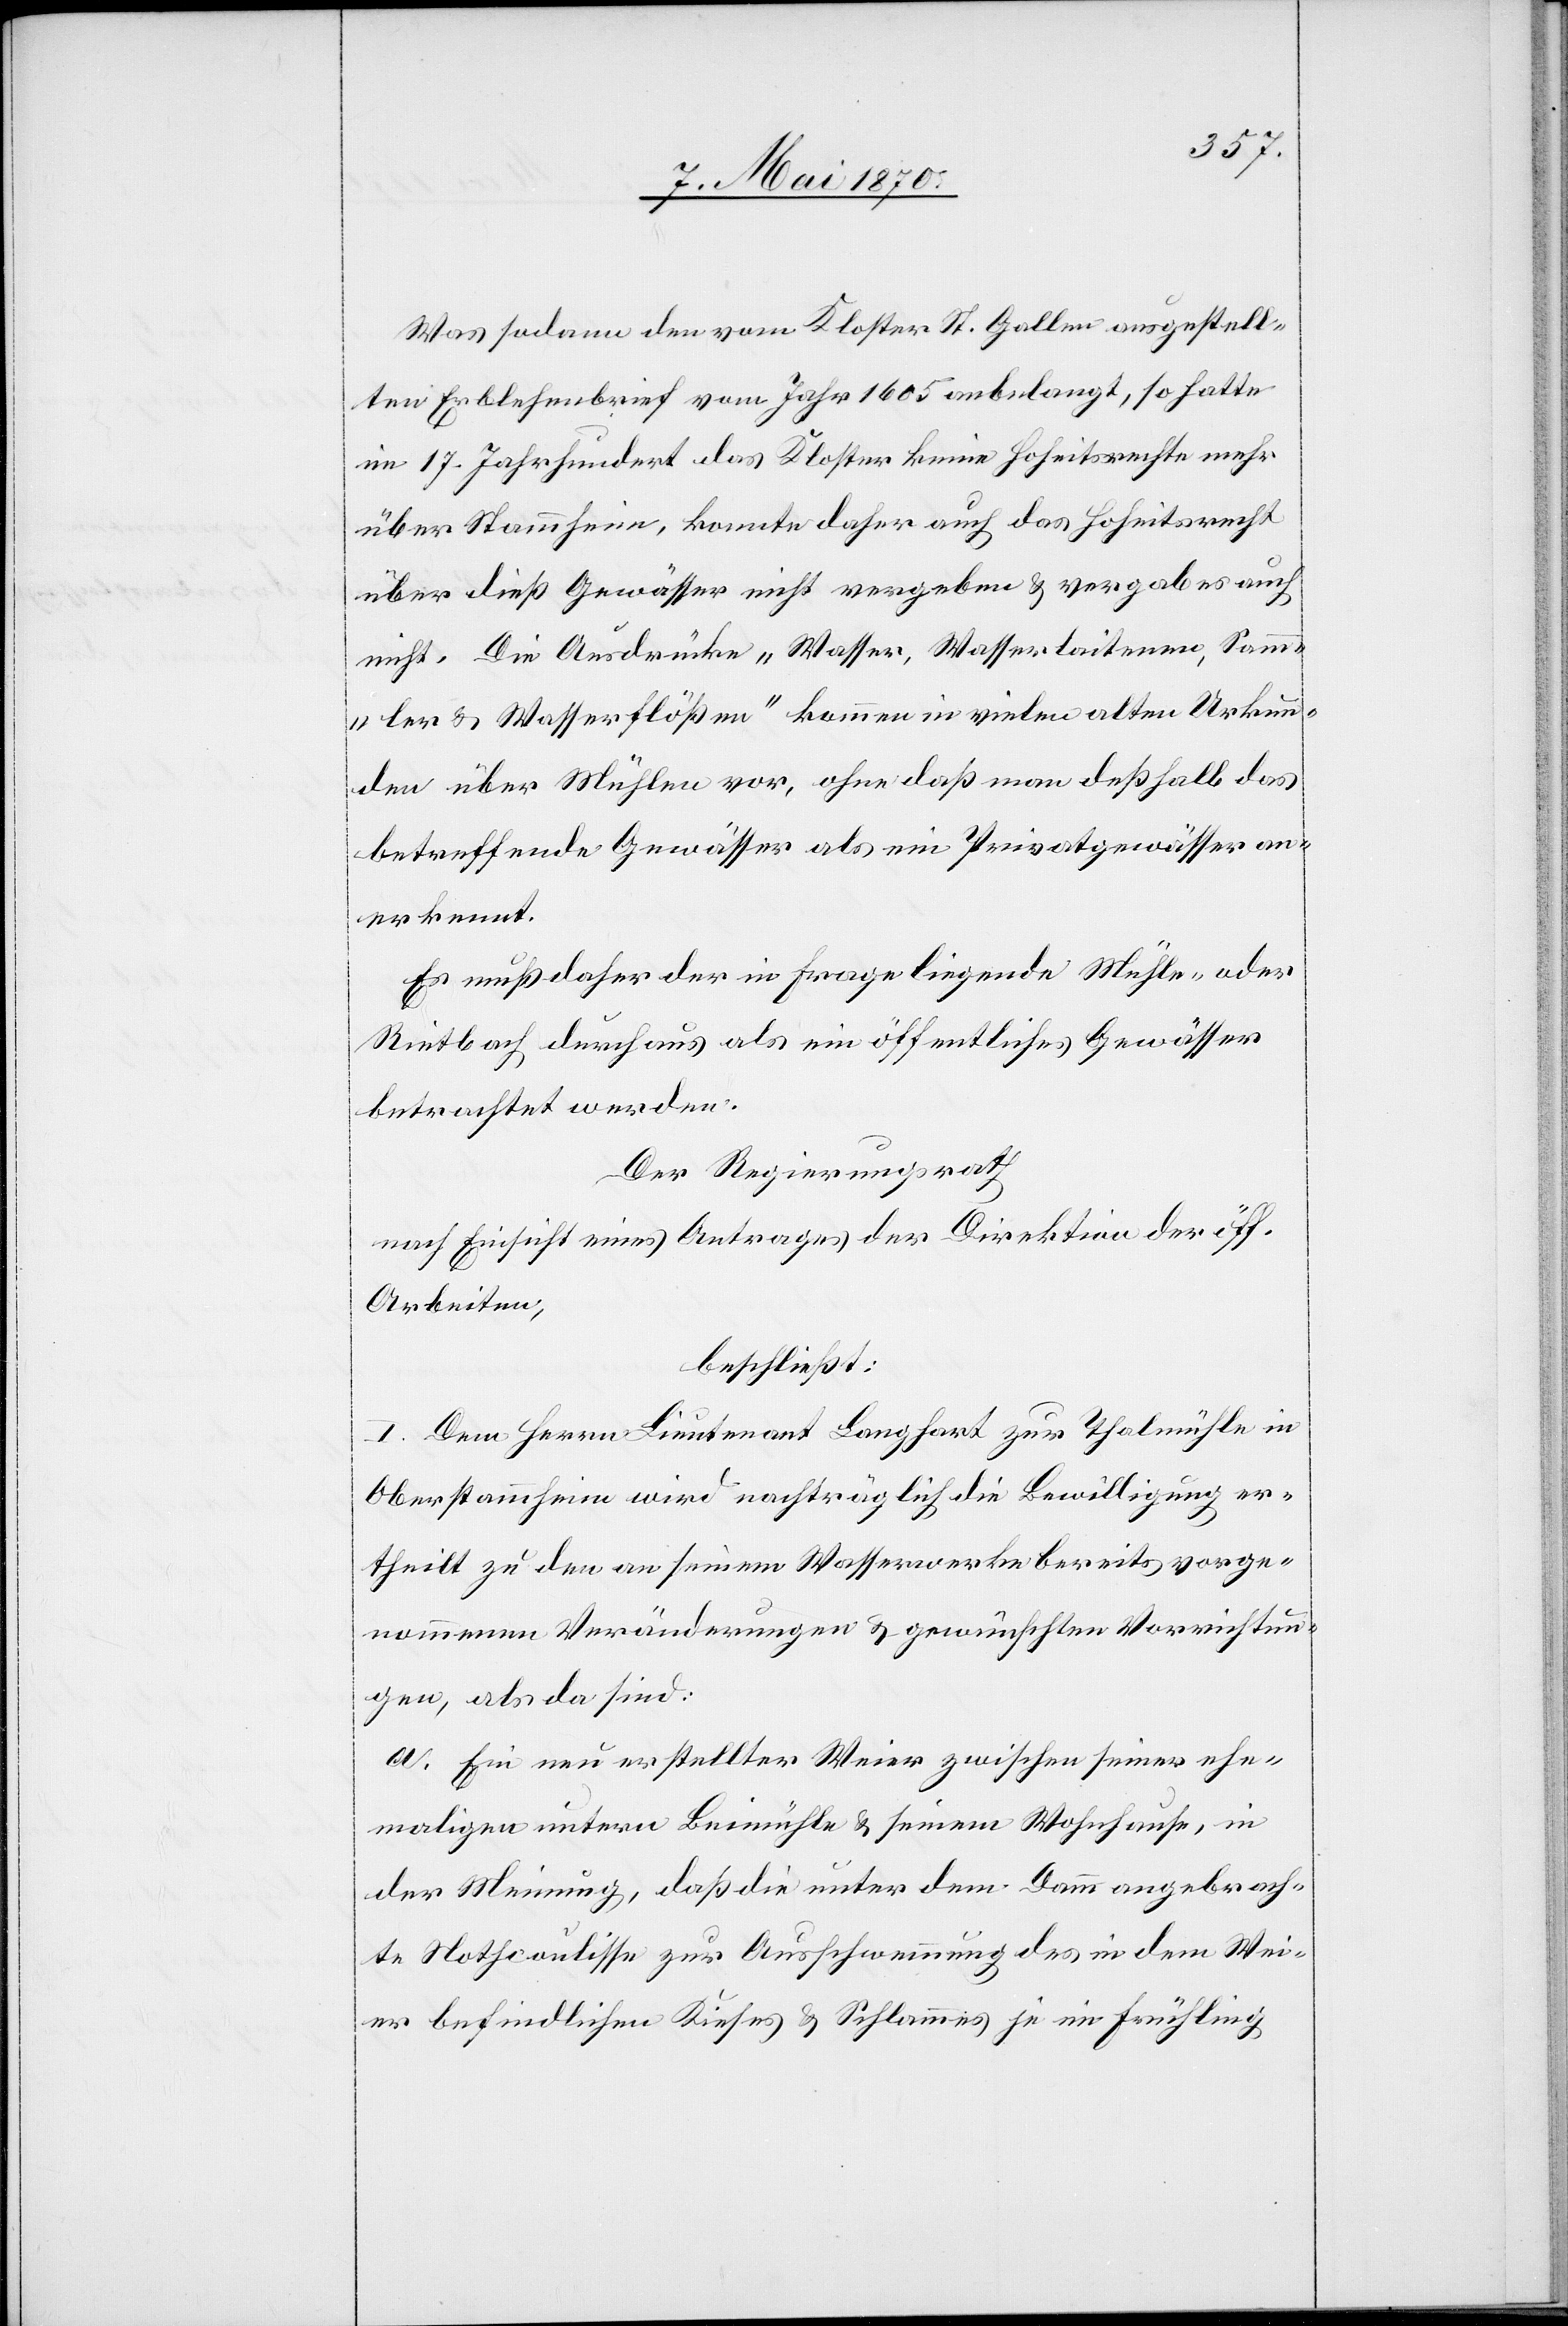
Was sodann den vom Kloster St. Gallen ausgestell¬
ten Erblehensbrief vom Jahr 1605 anbelangt, so hatte
im 17. Jahrhundert das Kloster keine Hoheitsrechte mehr
über Stammheim, konnte daher auch das Hoheitsrecht
über dieß Gewässer nicht vergeben & vergab es auch
nicht. Die Ausdrücke „Wasser, Wasserlaitenen, Samm¬
ler & Wasserflößen“ kommen in vielen alten Urkun¬
den über Mühlen vor, ohne daß man deßhalb das
betreffende Gewässer als ein Privatgewässer an¬
erkennt.
Es muß daher der in Frage liegende Mühle- oder
Rietbach durchaus als ein öffentliches Gewässer
betrachtet werden.
Der Regierungsrath
nach Einsicht eines Antrages der Direktion der öff.
Arbeiten,
beschließt:
I. Dem Herrn Lieutenant Langhart zur Thalmühle in
Oberstammheim wird nachträglich die Bewilligung er¬
theilt zu den an seinem Wasserwerke bereits vorge¬
nommenen Veränderungen & gewünschten Vorrichtun¬
gen, als da sind:
a. Ein neu erstellter Weier zwischen seiner ehe¬
maligen untern Beimühle & seinem Wohnhause, in
der Meinung, daß die unter dem Damm angebrach¬
te Nothcoulisse zur Ausschwemmung des in dem Wei¬
er befindlichen Kieses & Schlammes je im Frühling